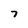
Character: 7